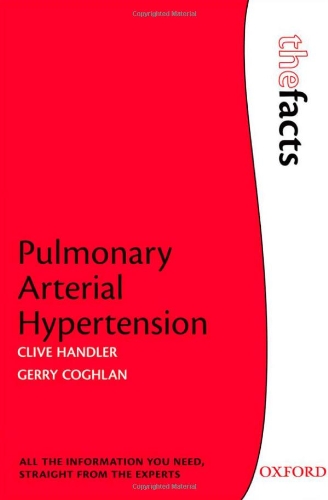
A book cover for Pulmonary Arterial Hypertension (The Facts); Clive Handler; Health, Fitness & Dieting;